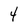
Character: 4